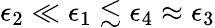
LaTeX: \epsilon_{2}\ll\epsilon_{1}\lesssim\epsilon_{4}\approx\epsilon_{3}